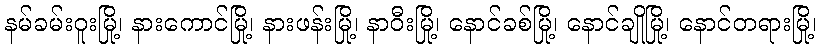
နမ်ခမ်းဝူးမြို့၊ နားကောင်မြို့၊ နားဖန်းမြို့၊ နာဝီးမြို့၊ နောင်ခစ်မြို့၊ နောင်ချိုမြို့၊ နောင်တရားမြို့၊